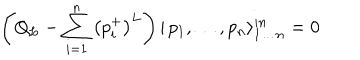
\left( Q _ { L } - \sum _ { i = 1 } ^ { n } \left( p _ { i } ^ { + } \right) ^ { L } \right) | \, p _ { 1 } , \dots , p _ { n } \rangle _ { 1 \dots n } ^ { i n } = 0